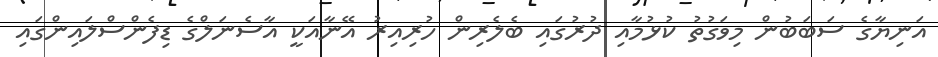
އަނިޔާގެ ސަބަބުން މިވަގުތު ކުޅުމާއި ދުރުގައި ބެލެރިން ހުރިއިރު އޭނާއަކީ އާސެނަލްގެ ޑިފެންސްލައިންގައި